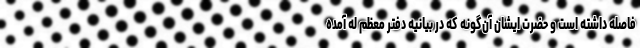
فاصله داشته است و حضرت ایشان آن‌گونه که در بیانیه دفتر معظم له آمده